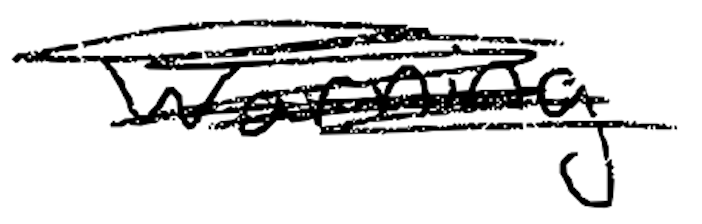
Text: warning
Cross-out: mix
Writing tool: digital_black